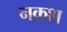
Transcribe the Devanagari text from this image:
नक़श